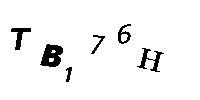
TB176H